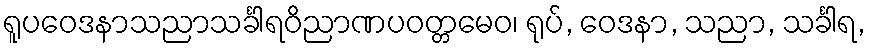
ရူပဝေဒနာသညာသင်္ခါရဝိညာဏပဝတ္တမေဝ၊ ရုပ်, ဝေဒနာ, သညာ, သင်္ခါရ,